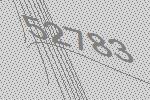
52783